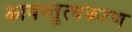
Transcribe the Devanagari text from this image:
कावस्तुत्वकरण